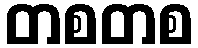
တစတစ